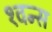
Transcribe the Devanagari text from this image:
१वन्स